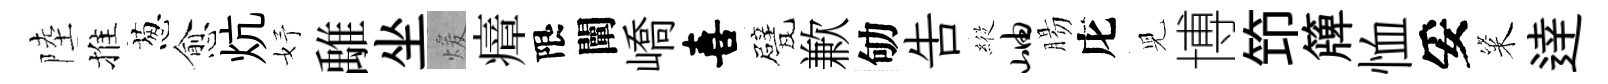
陸推葱愈炕妤𩀌坐煖瘴限闡嶠喜甓歉劬吿𦂵岫腸庀児博笻簰恤妥粢逹